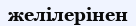
желілерінен